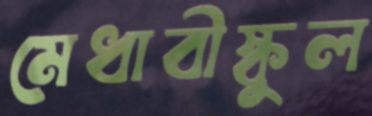
মেধাবীস্কুল